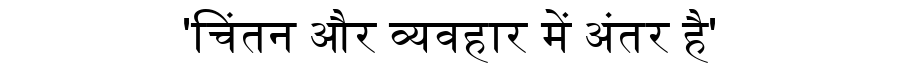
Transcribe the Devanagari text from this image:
'चिंतन और व्यवहार में अंतर है'